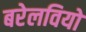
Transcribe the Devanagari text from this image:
बरेलवियो